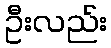
ဦးလည်း